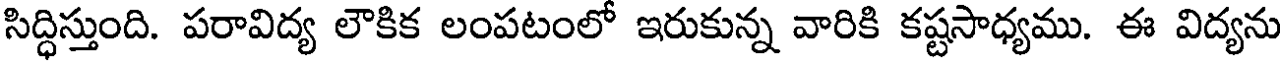
సిద్ధిస్తుంది. పరావిద్య లౌకిక లంపటంలో ఇరుకున్న వారికి కష్టసాధ్యము. ఈ విద్యను